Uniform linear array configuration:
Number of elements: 12
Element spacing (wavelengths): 0.5
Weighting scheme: binomial
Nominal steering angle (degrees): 15
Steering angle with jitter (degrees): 13.39
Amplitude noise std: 0.05
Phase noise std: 0.05

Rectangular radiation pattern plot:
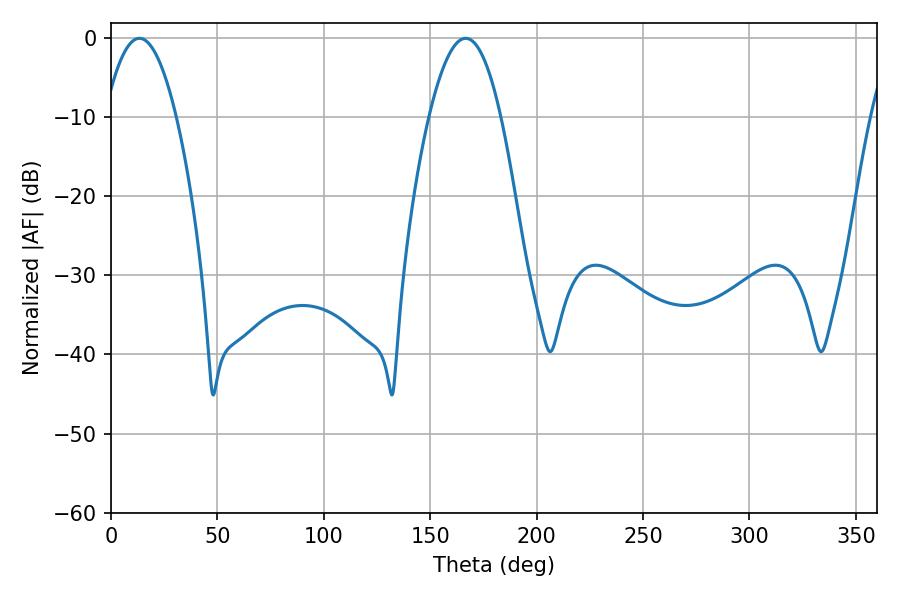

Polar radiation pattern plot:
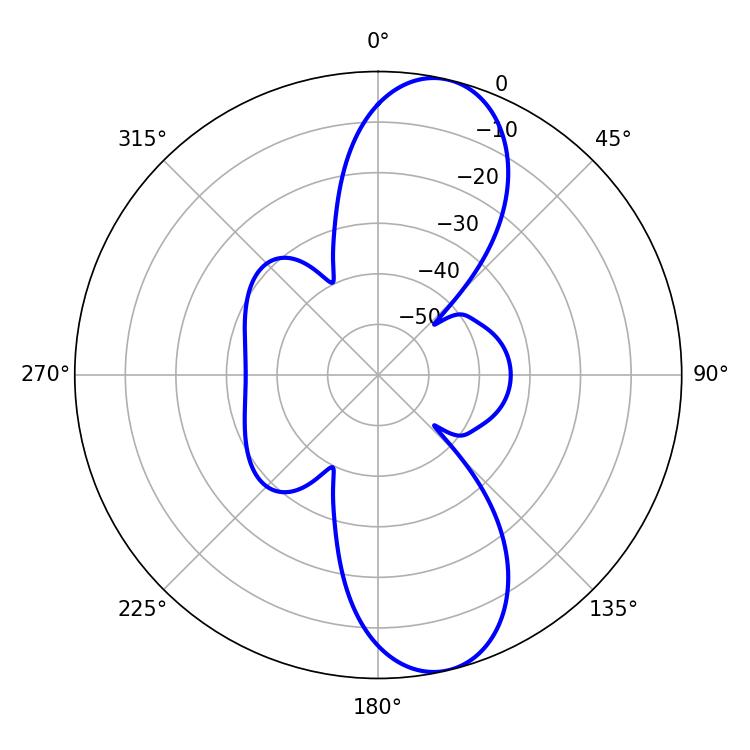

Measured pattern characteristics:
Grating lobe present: FALSE
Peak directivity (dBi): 10.965
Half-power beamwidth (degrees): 18.36
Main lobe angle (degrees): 13.32